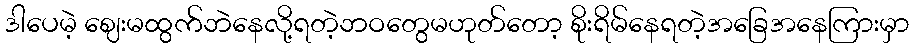
ဒါပေမဲ့ ဈေးမထွက်ဘဲနေလို့ရတဲ့ဘဝတွေမဟုတ်တော့ စိုးရိမ်နေရတဲ့အခြေအနေကြားမှာ